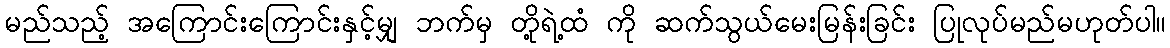
မည်သည့် အကြောင်းကြောင်းနှင့်မျှ ဘက်မှ တို့ရဲ့ထံ ကို ဆက်သွယ်မေးမြန်းခြင်း ပြုလုပ်မည်မဟုတ်ပါ။